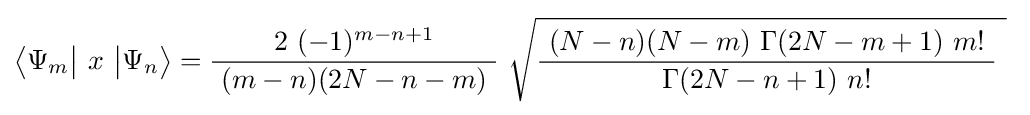
\left\langle \Psi _{m}{\bigl |}\ x\ {\bigr |}\Psi _{n}\right\rangle ={\frac {\ 2\ (-1)^{m-n+1}\ }{\ (m-n)(2N-n-m)\ }}\ {\sqrt {{\frac {\ (N-n)(N-m)\ \Gamma (2N-m+1)\ m!\ }{\ \Gamma (2N-n+1)\ n!\ }}\ }}~